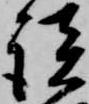
談